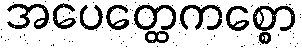
အပေတ္ထေကစ္စော